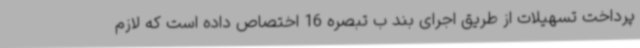
پرداخت تسهیلات از طریق اجرای بند ب تبصره 16 اختصاص داده است که لازم